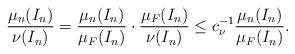
LaTeX: \begin{align*} \frac{\mu_n(I_n)}{\nu(I_n)} = \frac{\mu_n(I_n)}{\mu_F(I_n)}\cdot \frac{\mu_F(I_n)}{\nu(I_n)} \leq c_\nu^{-1} \frac{\mu_n(I_n)}{\mu_F(I_n)}. \end{align*}